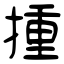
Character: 揰